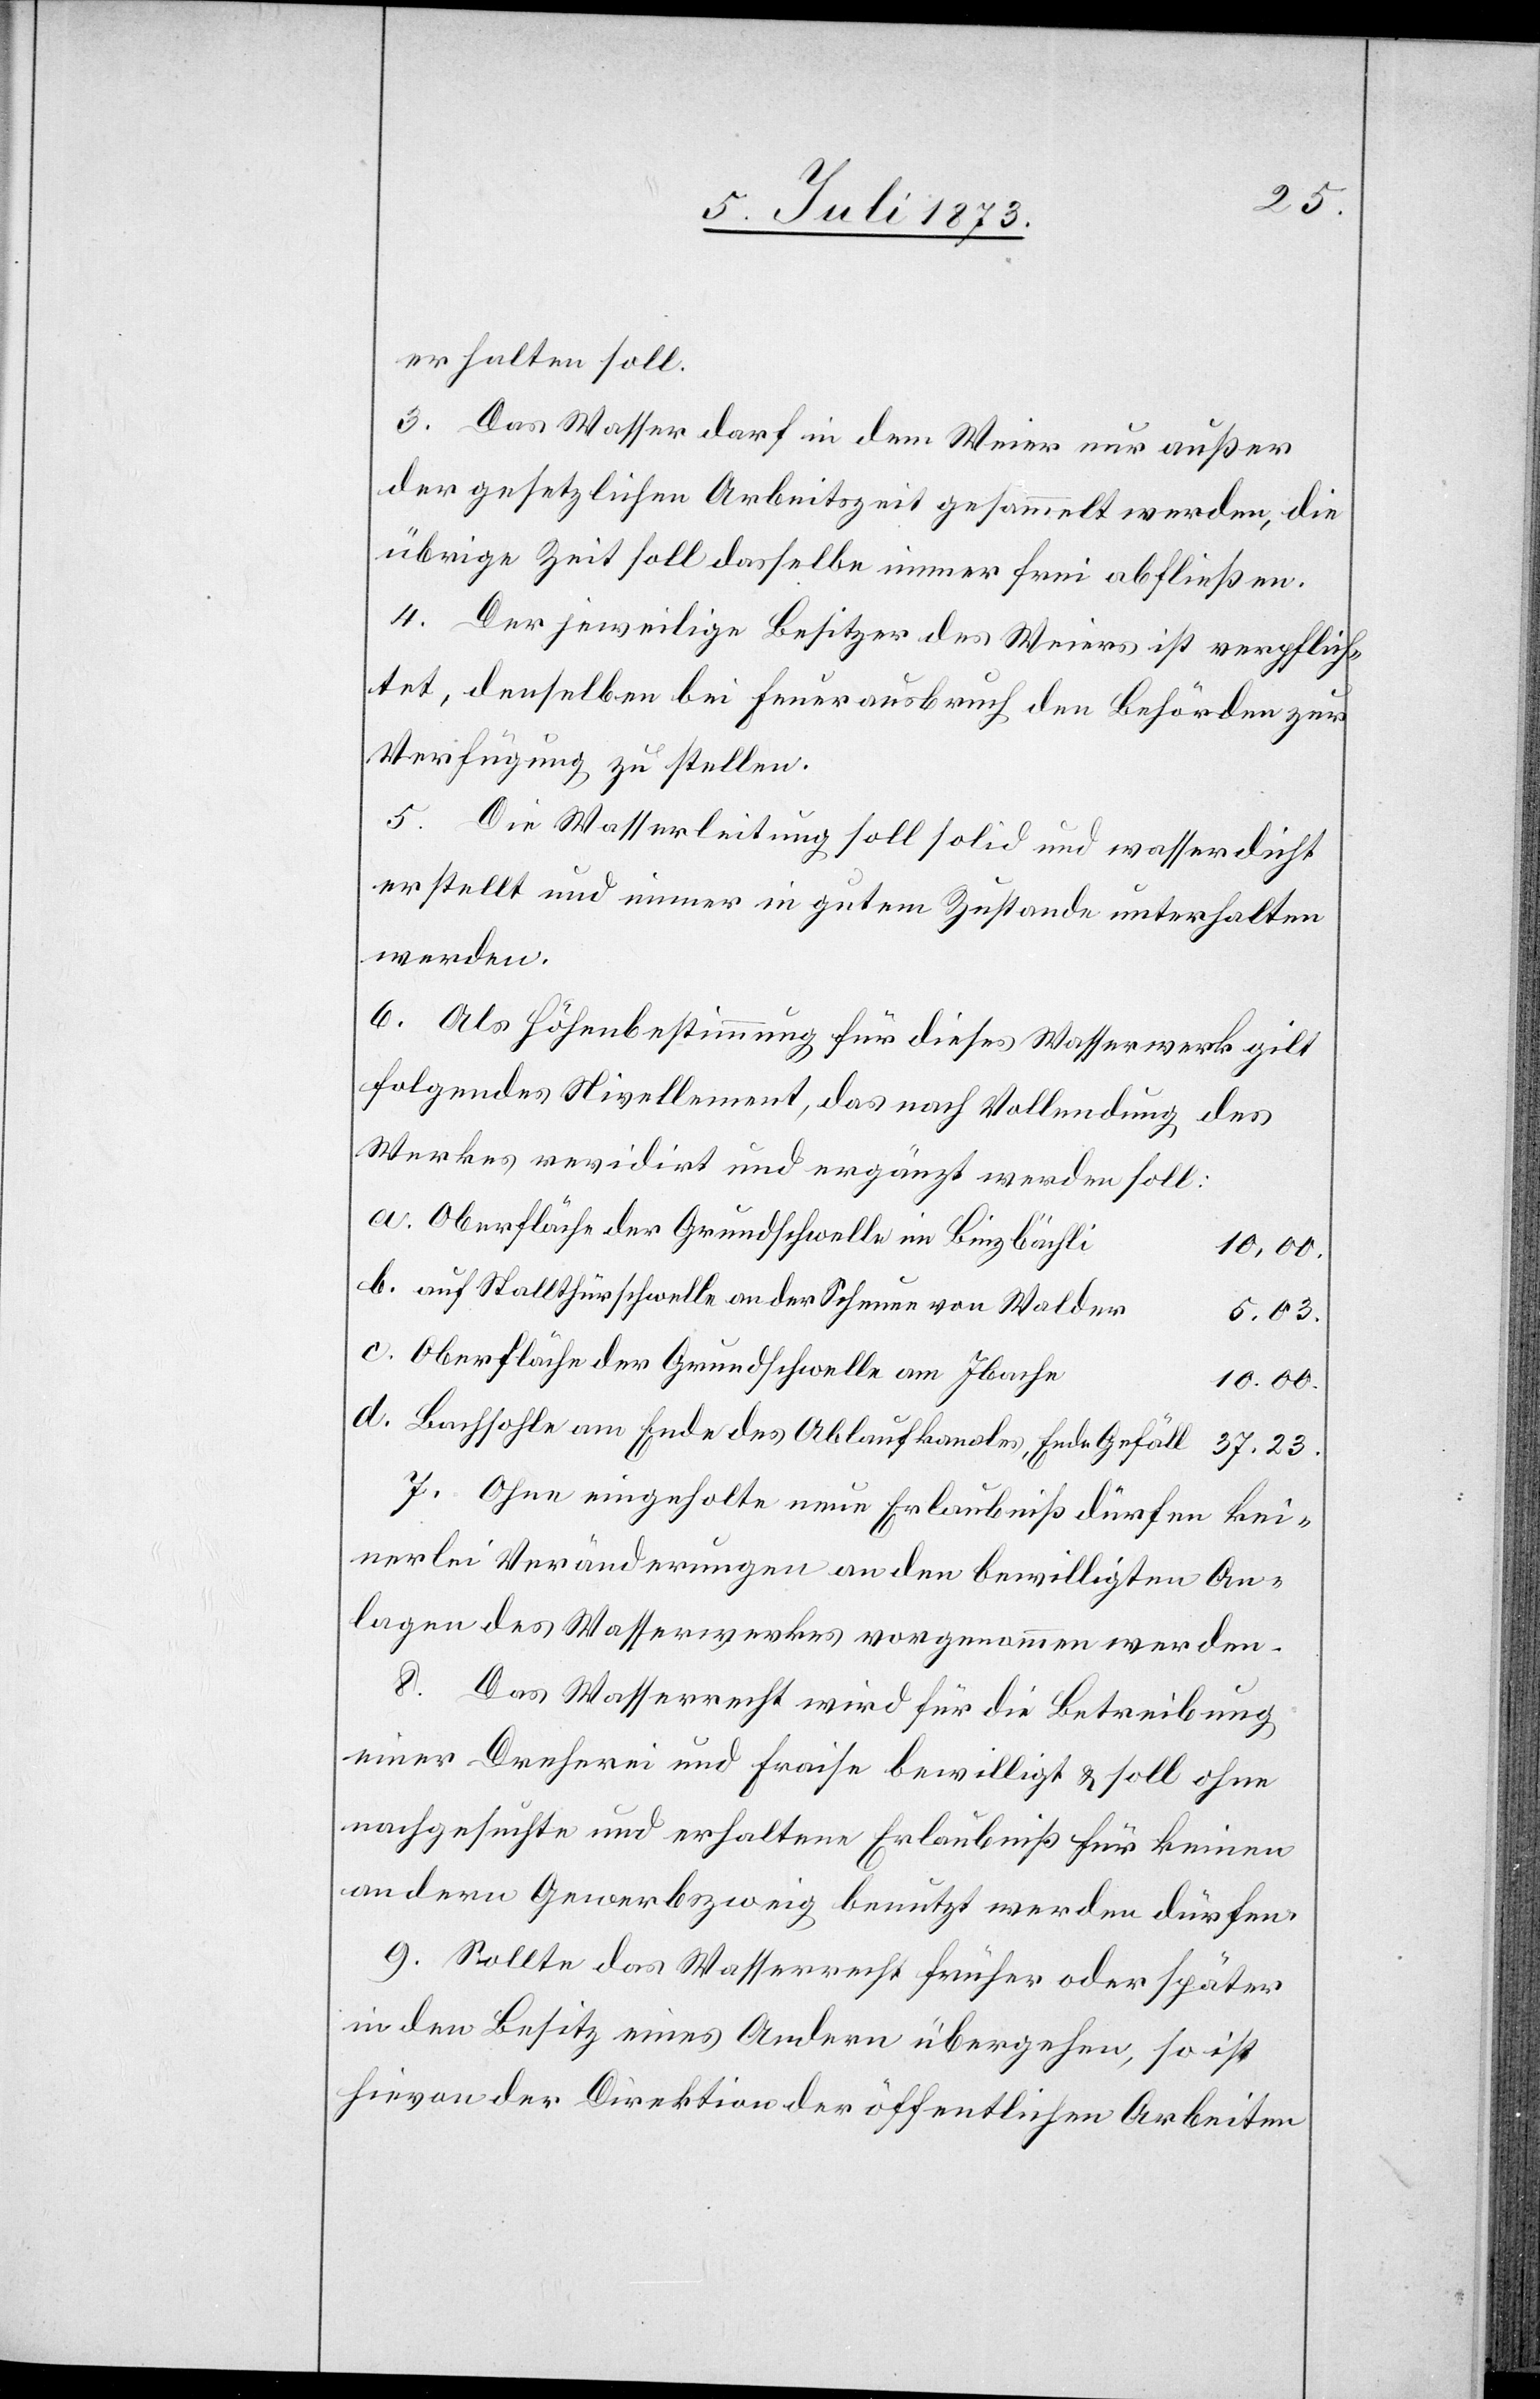
erhalten soll.
3. Das Wasser darf in dem Weier nur außer
der gesetzlichen Arbeitszeit gesammelt werden, die
übrige Zeit soll dasselbe immer frei abfließen.
4. Der jeweilige Besitzer des Weiers ist verpflich¬
tet, denselben bei Feuerausbruch den Behörden zur
Verfügung zu stellen.
5. Die Wasserleitung soll solid und wasserdicht
erstellt und immer in gutem Zustande unterhalten
werden.
6. Als Höhenbestimmung für dieses Wasserwerk gilt
folgendes Nivellement, das nach Vollendung des
Werkes revidirt und ergänzt werden soll:
Oberfläche der Grundschwelle im Binzbächli
10,00.
auf Stallthürschwelle an der Scheune von Walder
5,03.
Oberfläche der Grundschwelle am Ibache
10.00.
Bachsohle am Ende des Ablaufkanales, Ende Gefäll
37,23.
7. Ohne eingeholte neue Erlaubniß dürfen kei¬
nerlei Veränderungen an den bewilligten An¬
lagen des Wasserwerkes vorgenommen werden.
8. Das Wasserrecht wird für die Betreibung
einer Dreherei und Fraise bewilligt & soll ohne
nachgesuchte und erhaltene Erlaubniß für keinen
andern Gewerbszweig benutzt werden dürfen.
9. Sollte das Wasserrecht früher oder später
in den Besitz eines Andern übergehen, so ist
hievon der Direktion der öffentlichen Arbeiten